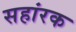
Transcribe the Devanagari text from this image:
सहांरक